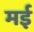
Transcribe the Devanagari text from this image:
मर्इ